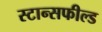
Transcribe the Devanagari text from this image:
स्टान्सफील्ड